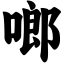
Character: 啷